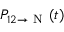
P _ { 1 2 \rightarrow \mathrm { ~ N ~ } } ( t )